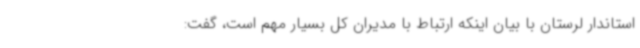
استاندار لرستان با بیان اینکه ارتباط با مدیران کل بسیار مهم است، گفت: